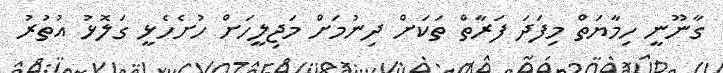
ގާނޫނީ ހިމާޔަތް މިފަދަ ފަރާތް ތަކަށް ދިނުމަށް މަޖިލީހަށް ހުށެހެޅީ ގަލޮޅު އުތުރު